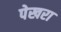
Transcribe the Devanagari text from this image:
पेखरा